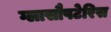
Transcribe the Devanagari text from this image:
ग्लासौपटेरिस